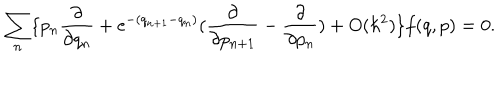
\sum _ { n } \{ p _ { n } \frac { \partial } { \partial q _ { n } } + \mathrm { e } ^ { - ( q _ { n + 1 } - q _ { n } ) } ( \frac { \partial } { \partial p _ { n + 1 } } - \frac { \partial } { \partial p _ { n } } ) + O ( \hbar ^ { 2 } ) \} f ( q , p ) = 0 .